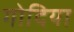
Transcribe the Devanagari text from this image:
गोदिया